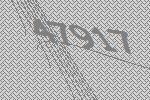
47917